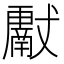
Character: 𱮪